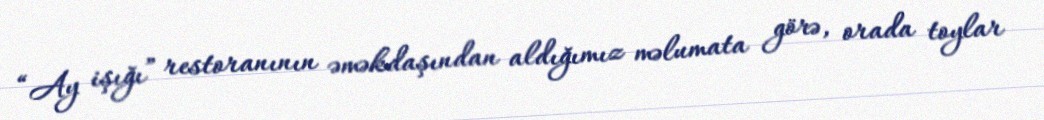
“Ay işığı” restoranının əməkdaşından aldığımız məlumata görə, orada toylar